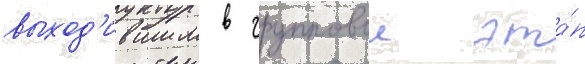
выход'ившим в групповои эта́п